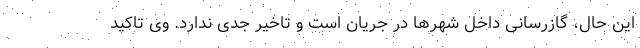
این حال، گازرسانی داخل شهرها در جریان است و تاخیر جدی ندارد. وی تاکید